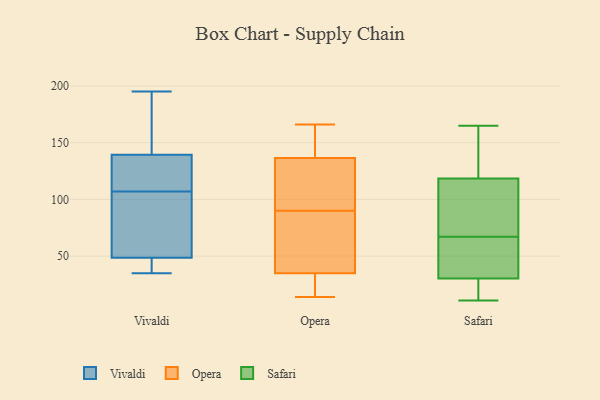
{"axis": {"x": "Energy Usage (MWh)", "y": "Value"}, "legend": ["Opera", "Safari", "Vivaldi"], "data": [{"x": "", "y": 107, "type": "Vivaldi"}, {"x": "", "y": 50, "type": "Vivaldi"}, {"x": "", "y": 36, "type": "Vivaldi"}, {"x": "", "y": 48, "type": "Vivaldi"}, {"x": "", "y": 134, "type": "Vivaldi"}, {"x": "", "y": 195, "type": "Vivaldi"}, {"x": "", "y": 115, "type": "Vivaldi"}, {"x": "", "y": 35, "type": "Vivaldi"}, {"x": "", "y": 154, "type": "Vivaldi"}, {"x": "", "y": 86, "type": "Vivaldi"}, {"x": "", "y": 141, "type": "Vivaldi"}, {"x": "", "y": 144, "type": "Opera"}, {"x": "", "y": 90, "type": "Opera"}, {"x": "", "y": 123, "type": "Opera"}, {"x": "", "y": 14, "type": "Opera"}, {"x": "", "y": 105, "type": "Opera"}, {"x": "", "y": 141, "type": "Opera"}, {"x": "", "y": 35, "type": "Opera"}, {"x": "", "y": 34, "type": "Opera"}, {"x": "", "y": 35, "type": "Opera"}, {"x": "", "y": 166, "type": "Opera"}, {"x": "", "y": 76, "type": "Opera"}, {"x": "", "y": 116, "type": "Safari"}, {"x": "", "y": 120, "type": "Safari"}, {"x": "", "y": 67, "type": "Safari"}, {"x": "", "y": 40, "type": "Safari"}, {"x": "", "y": 88, "type": "Safari"}, {"x": "", "y": 153, "type": "Safari"}, {"x": "", "y": 118, "type": "Safari"}, {"x": "", "y": 25, "type": "Safari"}, {"x": "", "y": 51, "type": "Safari"}, {"x": "", "y": 11, "type": "Safari"}, {"x": "", "y": 165, "type": "Safari"}, {"x": "", "y": 24, "type": "Safari"}, {"x": "", "y": 125, "type": "Safari"}, {"x": "", "y": 58, "type": "Safari"}, {"x": "", "y": 32, "type": "Safari"}, {"x": "", "y": 19, "type": "Safari"}, {"x": "", "y": 114, "type": "Safari"}]}